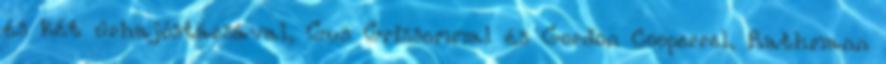
és két űrhajóstársával, Gus Grissommal és Gordon Cooperrel. Rathmann